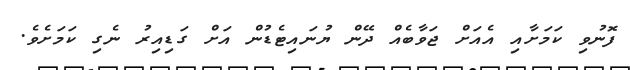
ފޮނުވި ކަމަށާއި އެއަށް ޖަވާބެއް ދޭން ޔުނައިޓެޑުން އަށް ގަޑިއިރު ނެގި ކަމަށެވެ.